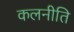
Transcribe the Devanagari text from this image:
कलनीति